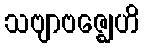
သဗျာဗဇ္ဈေဟိ